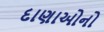
દાણાઓનો